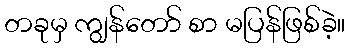
တခုမှ ကျွန်တော် စာ မပြန်ဖြစ်ခဲ့။